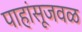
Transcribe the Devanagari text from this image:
पाहांसूजवळ